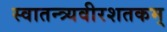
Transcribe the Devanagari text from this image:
स्वातन्त्र्यवीरशतकम्